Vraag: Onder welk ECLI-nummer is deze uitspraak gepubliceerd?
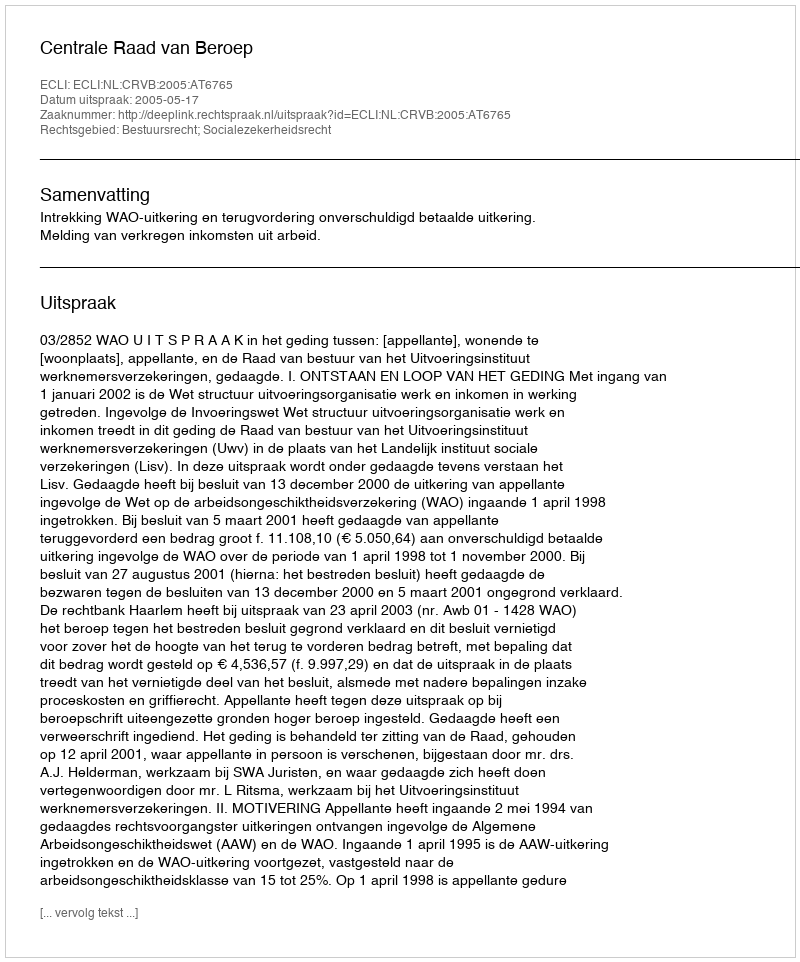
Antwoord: ECLI:NL:CRVB:2005:AT6765